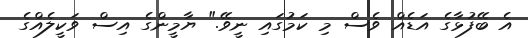
އެ ބޭފުޅާގެ އަޑެއް ވެސް މި ކަމުގައި ނީވޭ." ޔާމީންގެ އިސް ވަކީލެއްގެ